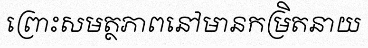
ព្រោះសមត្ថភាពនៅមានកម្រិតនាយ